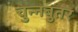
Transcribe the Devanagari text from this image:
चुन्नबुतर